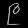
Digit: ၉